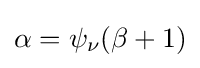
\alpha =\psi _{\nu }(\beta +1)